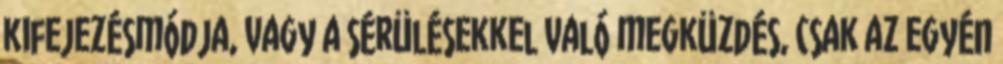
kifejezésmódja, vagy a sérülésekkel való megküzdés, csak az egyén